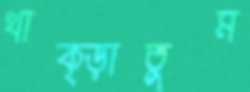
থাক্‌ড়াতুম